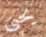
يحيى